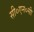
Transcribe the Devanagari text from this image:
सी०एन०सी